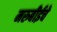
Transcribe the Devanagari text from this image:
मरुबीईचे